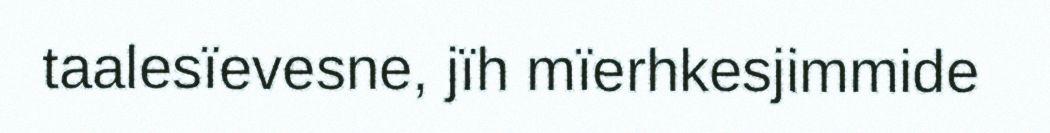
taalesïevesne, jïh mïerhkesjimmide